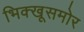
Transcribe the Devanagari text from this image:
भिक्खूसमोर